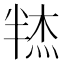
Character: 𰅼